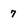
Character: 7